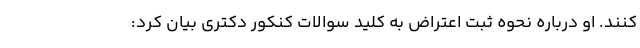
کنند. او درباره نحوه ثبت اعتراض به کلید سوالات کنکور دکتری بیان کرد: